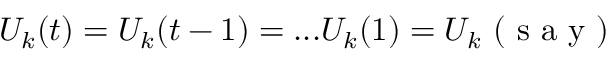
U _ { k } ( t ) = U _ { k } ( t - 1 ) = . . . U _ { k } ( 1 ) = U _ { k } \mathrm { ~ ( ~ s ~ a ~ y ~ ) ~ }